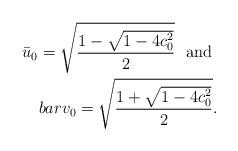
LaTeX: \begin{align*}\bar{u}_0=\sqrt{\frac{1-\sqrt{1-4c_0^2}}{2}}\ \ \textrm{and}\ \\bar{v}_0=\sqrt{\frac{1+\sqrt{1-4c_0^2}}{2}}.\end{align*}